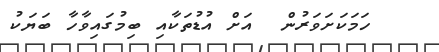
ހަމަކަށަވަރުން  އަށް އުޑުތަކާއި ބިމުގައިވާހާ ބަޔަކު